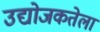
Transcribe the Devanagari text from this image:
उद्योजकतेला